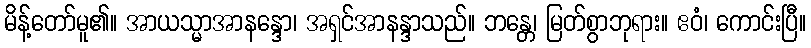
မိန့်တော်မူ၏။ အာယသ္မာအာနန္ဒော၊ အရှင်အာနန္ဒာသည်။ ဘန္တေ၊ မြတ်စွာဘုရား။ ဧဝံ၊ ကောင်းပြီ။